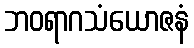
ဘဝရာဂသံယောဇနံ